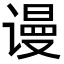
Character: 谩